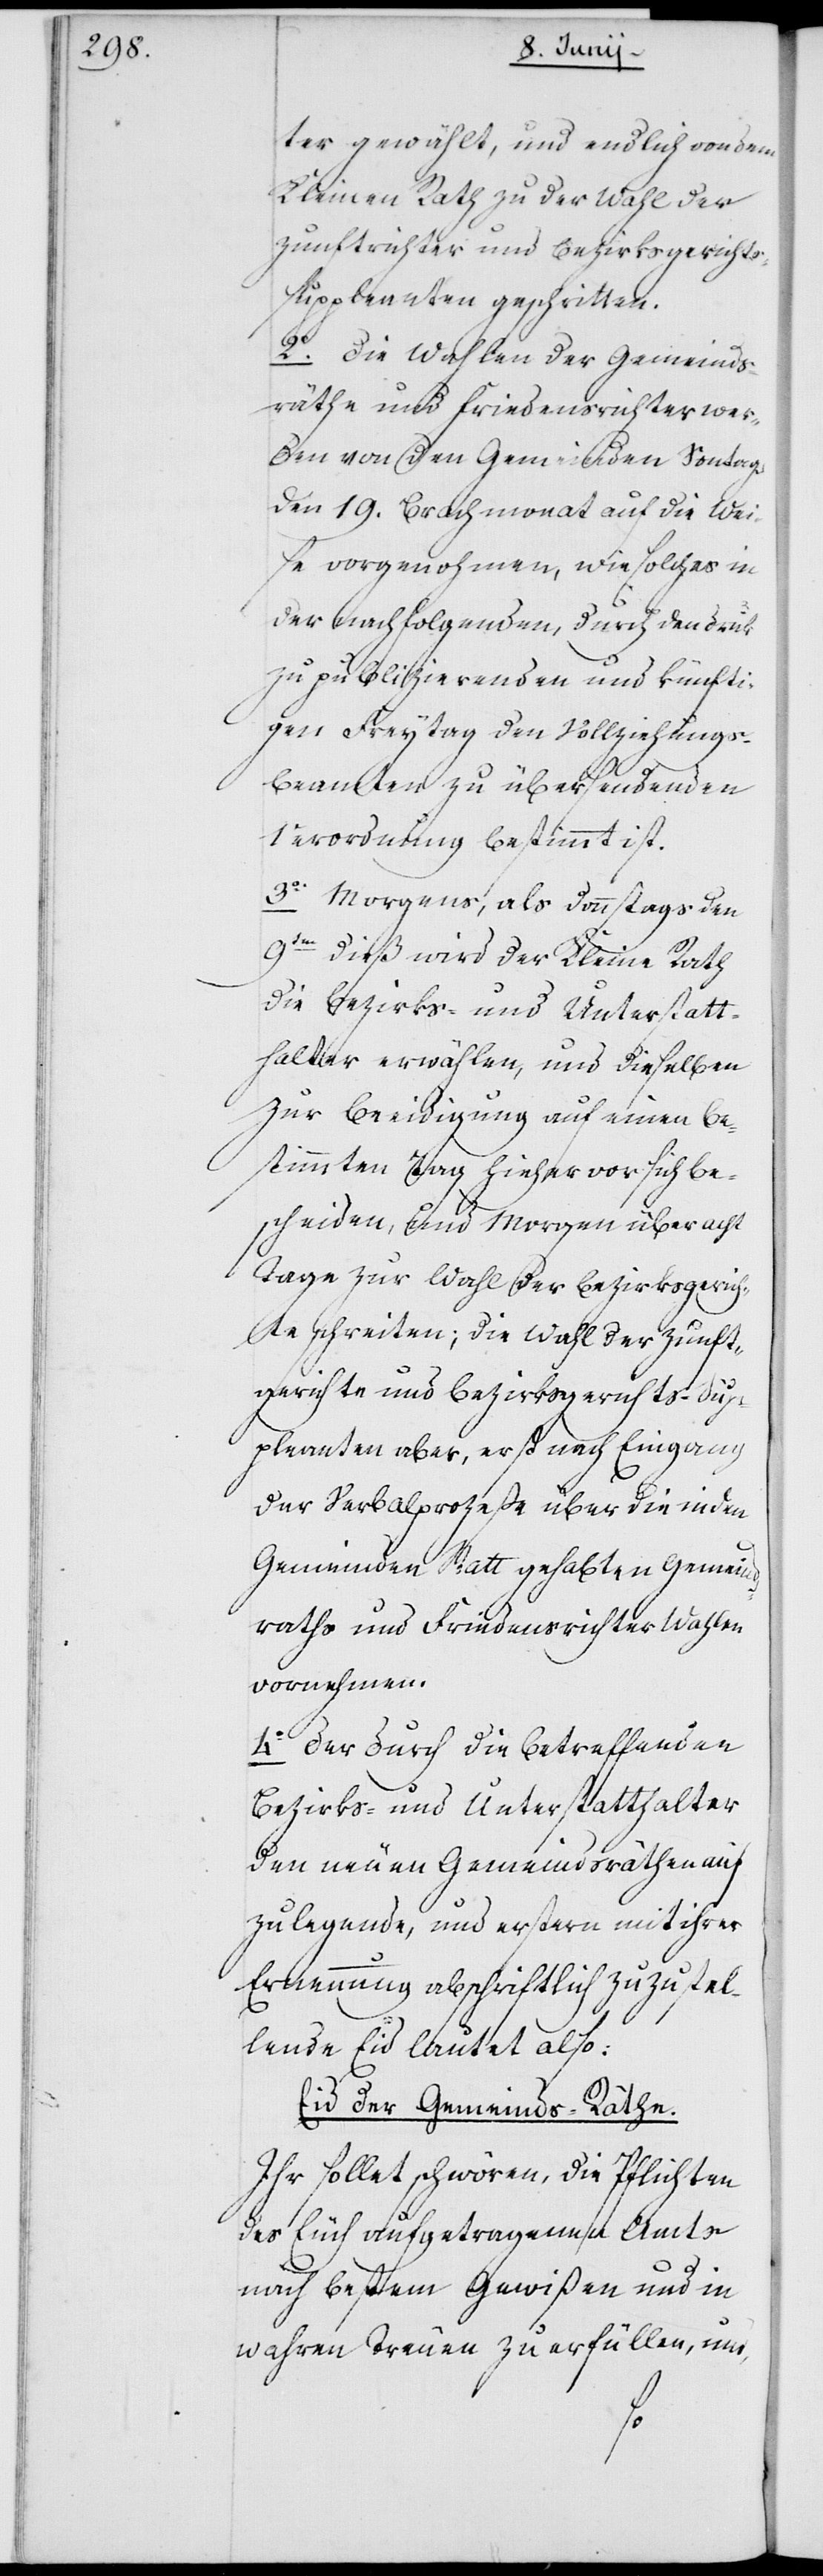
ter gewählt, und endlich von dem
Kleinen Rath zu der Wahl der
Zunftrichter und Bezirksgericht¬
s-Suppleanten geschritten.
2o. Die Wahlen der Gemeinds¬
räthe und Friedensrichter wer¬
den von den Gemeinden Sontags
den 19. Brachmonat auf die Wei¬
se vorgenohmen, wie solches in
der nachfolgenden, durch den Druk
zu publizierenden und künfti¬
gen Freytag den Vollziehungs¬
beamten zu übersendenden
Verordnung bestimmt ist.
3o. Morgens, als Donnstags den
9ten dieß wird der Kleine Rath
die Bezirks- und Unterstatt¬
halter erwählen, und dieselben
zur Beeidigung auf einen be¬
stimmten Tag hieher vor sich be¬
scheiden, und morgen über acht
Tage zur Wahl der Bezirksgerich¬
te schreiten; die Wahl der Zunft¬
gerichte und Bezirksgerichts-Sup¬
pleanten aber, erst nach Eingang
der Verbalprozeße über die in den
Gemeinden Statt gehabten Gemeind¬
raths und Friedensrichter Wahlen
vornehmen.
4o Der durch die betreffenden
Bezirks- und Unterstatthalter
den neuen Gemeindsräthen auf¬
zulegende, und erstern mit ihrer
Ernennung abschriftlich zuzustel¬
lende Eid lautet also:
Eid der Gemeinds-Räthe.
Ihr sollet schwören, die Pflichten
des Euch aufgetragenen Amts
nach bestem Gewißen und in
wahren Treuen zu erfüllen, und,